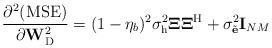
LaTeX: \begin{align*}\frac{\partial^{2}({\rm MSE})}{\partial\mathbf{W}_{\rm D}^{2}}=(1-\eta_b)^2\sigma^2_{\rm h}\mathbf{\Xi}\mathbf{\Xi}^{\rm H}+\sigma^2_{\tilde{\mathbf{e}}}\mathbf{I}_{NM}\end{align*}